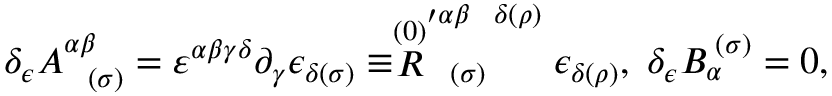
\delta _ { \epsilon } A _ { \; \; \; ( \sigma ) } ^ { \alpha \beta } = \varepsilon ^ { \alpha \beta \gamma \delta } \partial _ { \gamma } \epsilon _ { \delta ( \sigma ) } \equiv \stackrel { ( 0 ) } { R } _ { \; \; \; ( \sigma ) } ^ { \prime \alpha \beta \; \; \; \delta ( \rho ) } \epsilon _ { \delta ( \rho ) } , \; \delta _ { \epsilon } B _ { \alpha } ^ { \; ( \sigma ) } = 0 ,